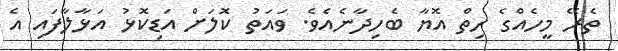
ތެރޭ މީހެއްގެ ހިތް އޮޔާ ބެހިދާނެއެވެ. ވައަތު ކޮލަށް އަޑިކޮޅު އަޅާލާފައި އެ